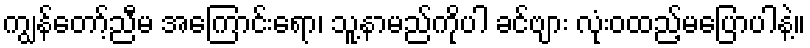
ကျွန်တော့်ညီမ အကြောင်းရော၊ သူ့နာမည်ကိုပါ ခင်ဗျား လုံးဝထည့်မပြောပါနဲ့။